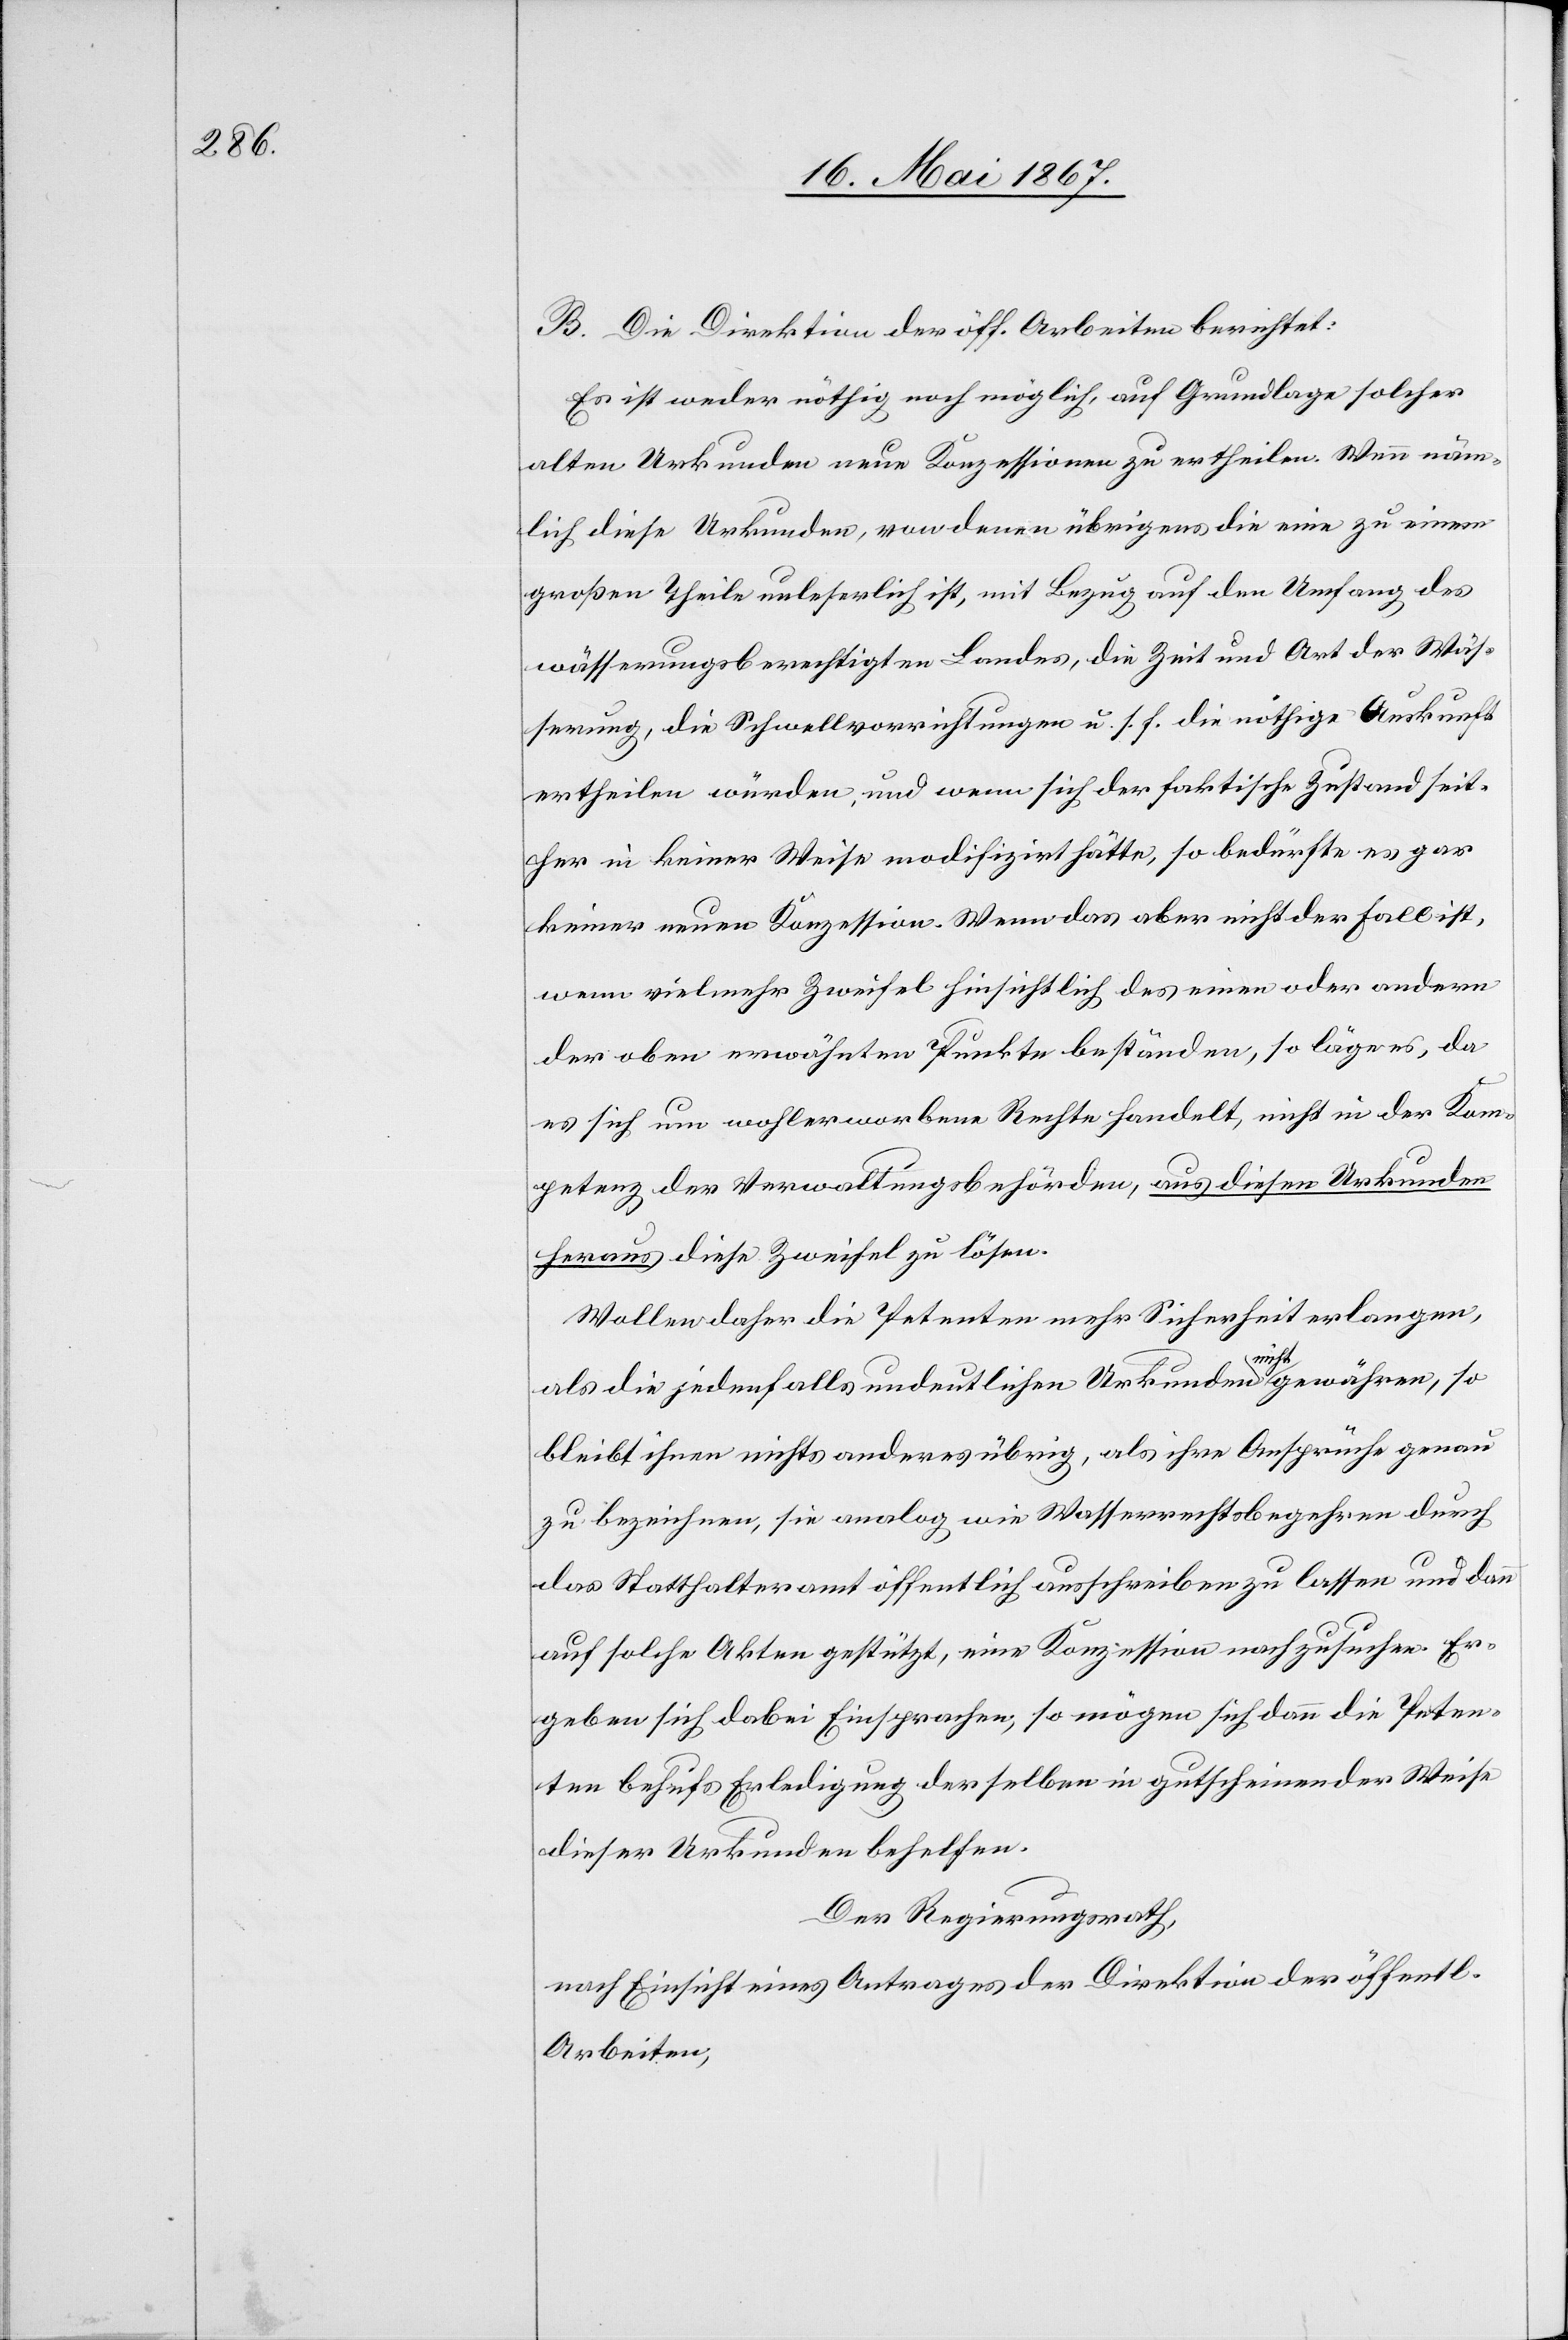
B. Die Direktion der öff. Arbeiten berichtet:
Es ist weder nöthig noch möglich, auf Grundlage solcher
alten Urkunden neue Konzessionen zu ertheilen. Wenn näm¬
lich diese Urkunden, von denen übrigens die eine zu einem
großen Theile unleserlich ist, mit Bezug auf den Umfang des
wässerungsberechtigten Landes, die Zeit und Art der Wäs¬
serung, die Schwellvorrichtungen u. s. f. die nöthige Auskunft
ertheilen würden, und wenn sich der faktische Zustand seit¬
her in keiner Weise modifizirt hätte, so bedürfte es gar
keiner neuen Konzession. Wenn das aber nicht der Fall ist,
wenn vielmehr Zweifel hinsichtlich des einen oder andern
der oben erwähnten Punkte beständen, so läge es, da
es sich um wohlerworbene Rechte handelt, nicht in der Kom¬
petenz der Verwaltungsbehörden, aus diesen Urkunden
heraus diese Zweifel zu lösen.
Wollen daher die Petenten mehr Sicherheit erlangen,
als die jedenfalls undeutlichen Urkunden nicht gewähren, so
bleibt ihnen nichts anderes übrig, als ihre Ansprüche genau
zu bezeichnen, sie analog wie Wasserrechtsbegehren durch
das Statthalteramt öffentlich ausschreiben zu lassen und dann
auf solche Akten gestützt, eine Konzession nachzusuchen. Er¬
geben sich dabei Einsprachen, so mögen sich dann die Peten¬
ten behufs Erledigung derselben in gutscheinender Weise
dieser Urkunden behelfen.
Der Regierungsrath,
nach Einsicht eines Antrages der Direktion der öffentl.
Arbeiten,